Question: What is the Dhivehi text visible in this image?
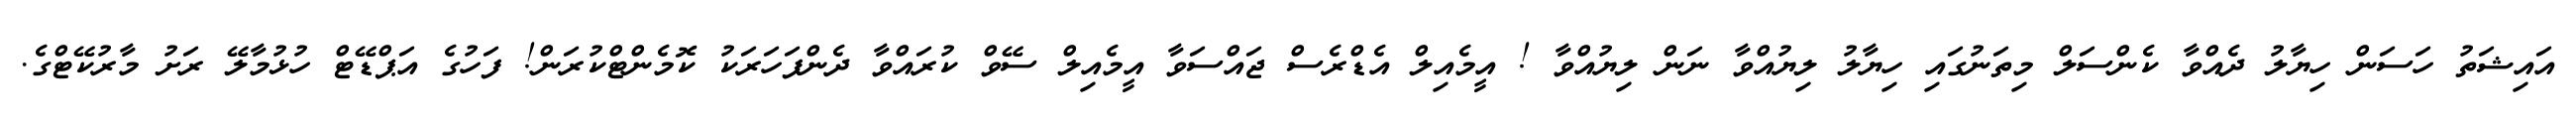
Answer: އައިޝަތު ހަސަން ހިޔާލު ދެއްވާ ކެންސަލް މިތަނުގައި ހިޔާލު ލިޔުއްވާ ނަން ލިޔުއްވާ ! އީމެއިލް އެޑްރެސް ޖައްސަވާ އީމެއިލް ސޭވް ކުރައްވާ ދެންފަހަރަކު ކޮމެންޓްކުރަން! ފަހުގެ އަޕްޑޭޓް ހުޅުމާލޭ ރަށު މާރުކޭޓްގެ.